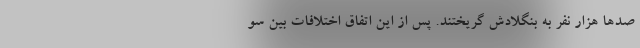
صدها هزار نفر به بنگلادش گریختند. پس از این اتفاق اختلافات بین سو